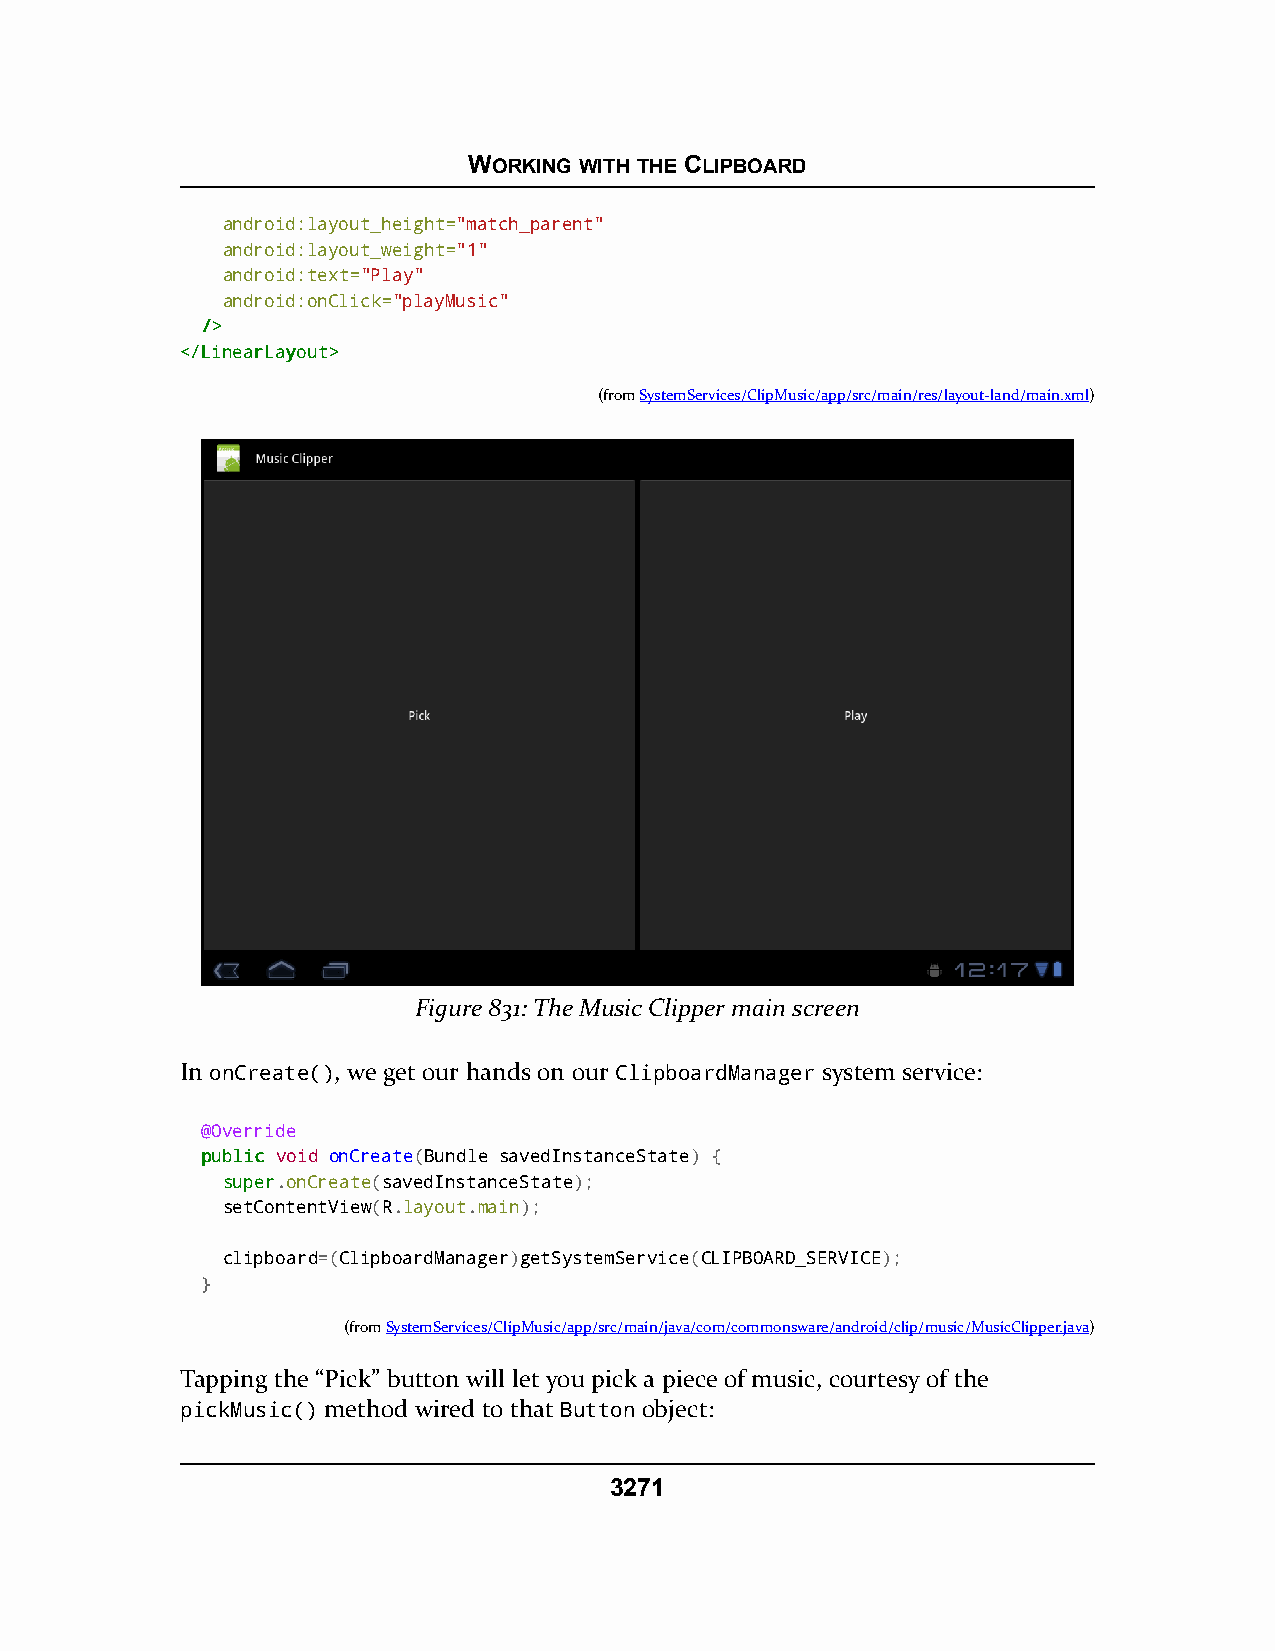
WORKING WITH THE CLIPBOARD
 android:layout_height="match_parent"
 android:layout_weight="1"
 android:text="Play"
 android:onClick="playMusic"
 //>>
 <<//LLiinneeaarrLLaayyoouutt>>
 (fromSystemServices/ClipMusic/app/src/main/res/layout-land/main.xml)
 Figure 831: The Music Clipper main screen
 In onCreate(), we get our hands on our ClipboardManager system service:
 @Override
 ppuubblliicc void onCreate(Bundle savedInstanceState) {
 ssuuppeerr.onCreate(savedInstanceState);
 setContentView(R.layout.main);
 clipboard=(ClipboardManager)getSystemService(CLIPBOARD_SERVICE);
 }
 (fromSystemServices/ClipMusic/app/src/main/java/com/commonsware/android/clip/music/MusicClipper.java)
 Tapping the “Pick” button will let you pick a piece of music, courtesy of the
 pickMusic() method wired to that Button object:
 3271